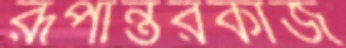
রূপান্তরকাজ